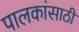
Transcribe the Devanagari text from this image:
पालकांसाठी